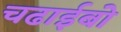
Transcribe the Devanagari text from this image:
चढाईबो